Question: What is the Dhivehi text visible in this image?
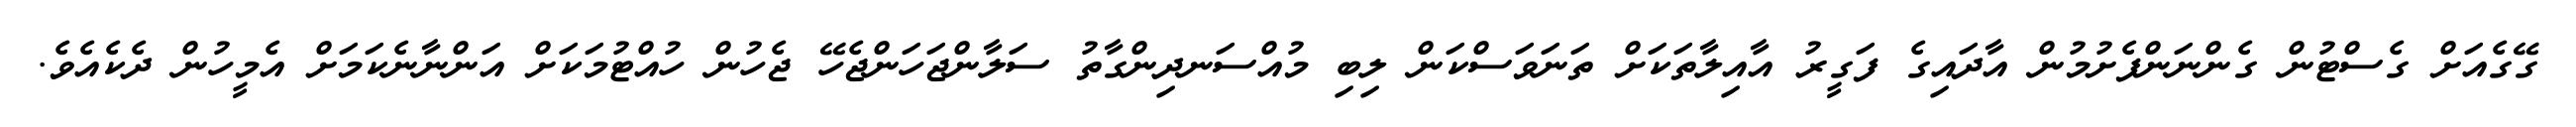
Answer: ގޭގެއަށް ގެސްޓުން ގެންނަންފެށުމުން އާދައިގެ ފަގީރު އާއިލާތަކަށް ތަނަވަސްކަން ލިބި މުއްސަނދިންގާތު ސަލާންޖަހަންޖެހޭ ޖެހުން ހުއްޓުމަކަށް އަންނާނެކަމަށް އެމީހުން ދެކެއެވެ.